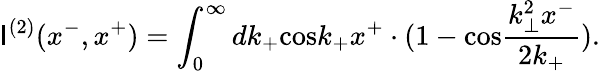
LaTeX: \mathsf{I}^{(2)}(x^{-},x^{+})=\int_{0}^{\infty}dk_{+}\mathrm{{cos}}k_{+}x^{+}\cdot(1-\mathrm{{cos}}\frac{{k_{\bot}^{2}x^{-}}}{{2k_{+}}}).